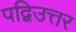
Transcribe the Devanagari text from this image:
पद्विउत्तर